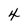
Character: 4